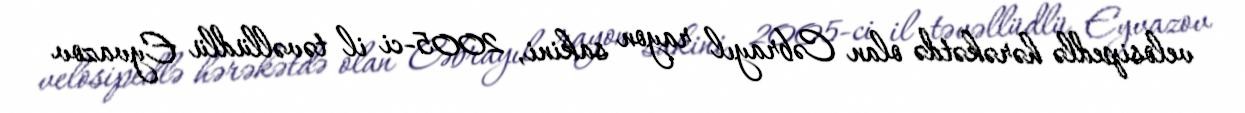
velosipedlə hərəkətdə olan Cəbrayıl rayon sakini, 2005-ci il təvəllüdlü Eyvazov